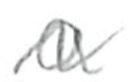
Text: a
Cross-out: wave
Writing tool: pencil